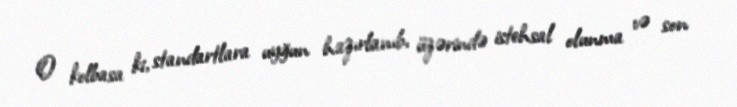
O kolbasa ki, standartlara uyğun hazırlanıb, üzərində istehsal olunma və son